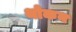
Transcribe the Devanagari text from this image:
थोकन